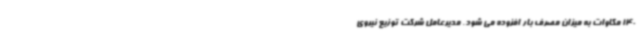
140 مگاوات به میزان مصرف بار افزوده می شود. مدیرعامل شرکت توزیع نیروی